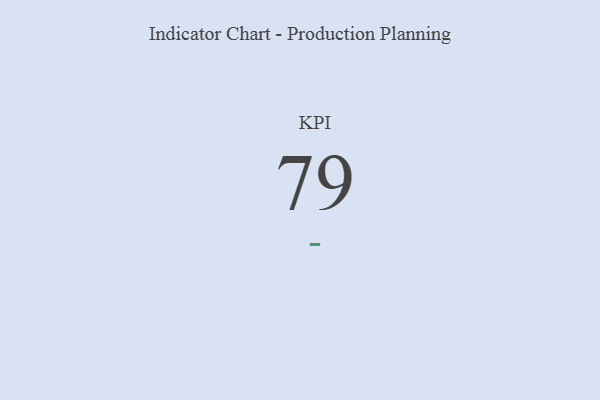
{"axis": {"x": "KPI", "y": "Value"}, "legend": [""], "data": [{"x": "KPI", "y": 79, "type": ""}]}